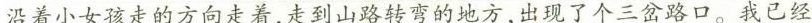
沿着小女孩走的方向走着，走到山路转弯的地方，出现了个三岔路口。我已经